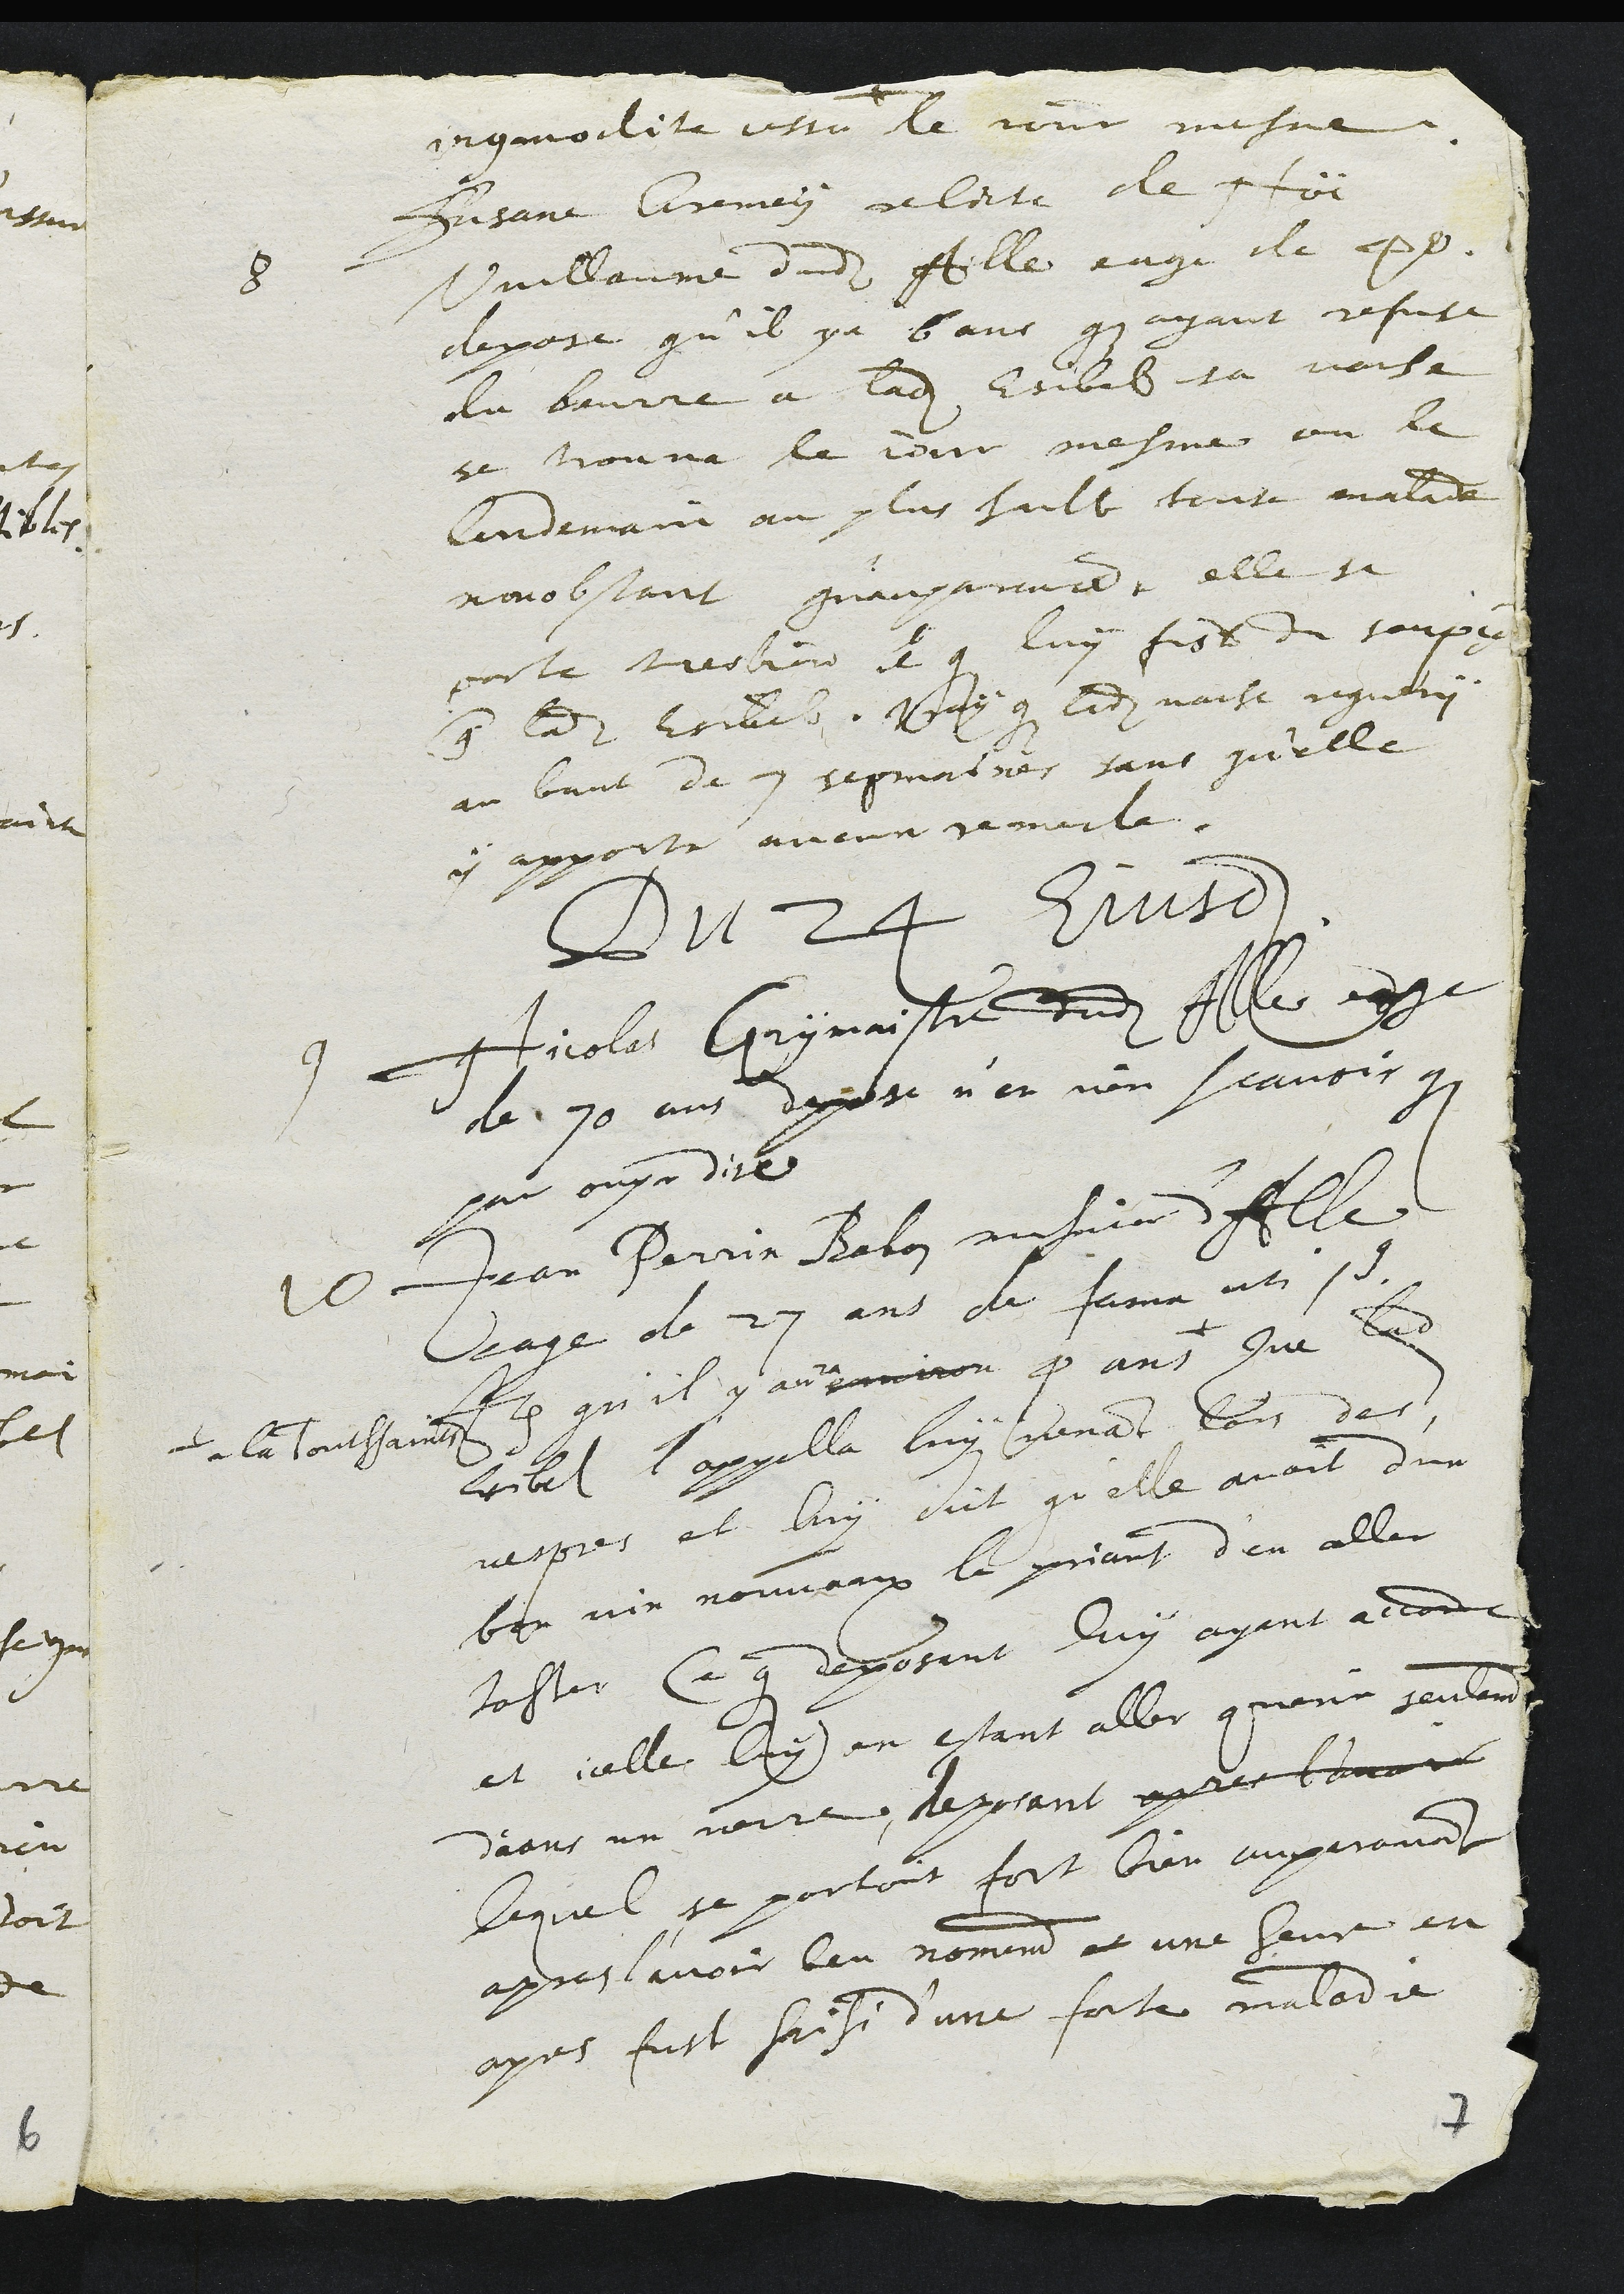
incommodite cessa le jour mesme.
8 Susanne Gremey relicte de Noë
Vuillaume dudit Alle eage de 40
depose qu'il y a 6 ans qu'ayant refuse
du beurre a ladite Esibel sa vache
se trouva le jour mesme ou le
lendemain au plus hault toute malade
nonobstant qu'auparavant elle se
porte tres bien et que luy fust du soupçon
contre ladite Esibel. Vray que ladite vache reguery
au bout de 7 sepmaines sans qu'elle
y apporte aucun remede.
Du 24 Ejusdem
9 Nicolas Grymaistre dudit Alle eage
de 70 ans depose n'en rien scavoir que
par ouyr dire
10 Jean Perrin Babon musnier d'Alle
eage de 27 ans de fama uti 9
Item qu'il y aura environ 4 ans +
+ a la Toussaints
Que ladite
Esibel l'appella luy venant lors des
vespres et luy dict qu'elle avoit d'un
bon vin nouveaux le priant d'en aller
taster Ce que deposant luy ayant accorde
et icelle luy en estant aller querir seulement
deans un verre, deposant apres l'avoir
lequel se portoit fort bien auparavant
apres l'avoir beu nomement et une heure en
apres fust saisi d'une forte maladie